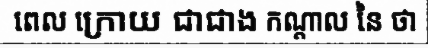
ពេល ក្រោយ ជាជាង កណ្តាល នៃ ថា